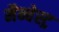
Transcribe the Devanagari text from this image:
मैन्चेस्ट्र